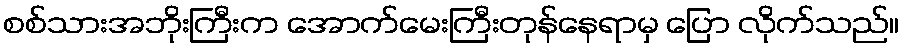
စစ်သားအဘိုးကြီးက အောက်မေးကြီးတုန်နေရာမှ ပြော လိုက်သည်။